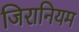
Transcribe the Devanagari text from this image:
जिरानियम